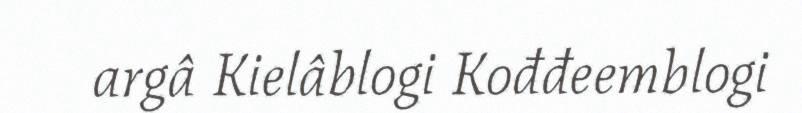
argâ Kielâblogi Kođđeemblogi